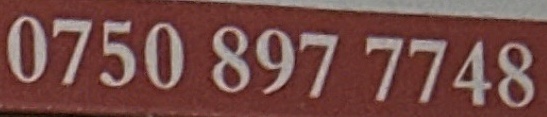
0750 897 7748